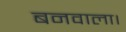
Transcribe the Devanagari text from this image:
बनवाला।